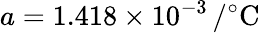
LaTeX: a=1.418\times 10^{-3}\mathrm{\, /^{\circ}C}